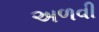
અળવી